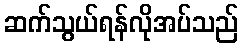
ဆက်သွယ်ရန်လိုအပ်သည်